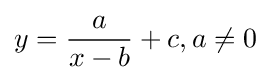
y={\frac {a}{x-b}}+c,a\neq 0